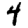
Digit: 4